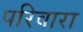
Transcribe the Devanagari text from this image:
परिवारा